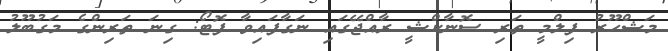
މަޝްހޫރު ފިލްމީ ތަރި ސޮނާކްޝީ ރާއްޖޭގައި ނަގާފައިވާ ފޮޓޯ: ގިނަ ތަރިންގެ މަގުބޫލު